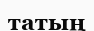
татың